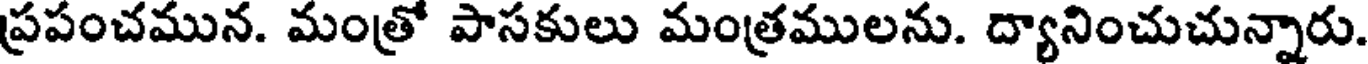
ప్రపంచమున. మంత్రో పాసకులు మంత్రములను. ద్యానించుచున్నారు.